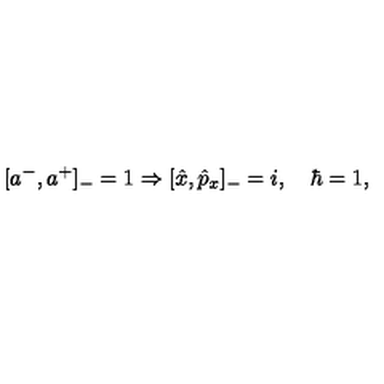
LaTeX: [ a ^ { - } , a ^ { + } ] _ { - } = 1 \Rightarrow [ \hat { x } , \hat { p } _ { x } ] _ { - } = i , \quad \hbar = 1 ,